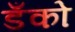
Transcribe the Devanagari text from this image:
डँको